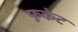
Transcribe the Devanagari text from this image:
फूकेट